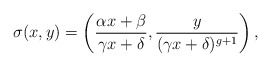
\begin{align*}\sigma(x,y)=\left(\frac{\alpha x+ \beta}{\gamma x+ \delta},\frac{y}{(\gamma x+ \delta)^{g+1}}\right),\end{align*}